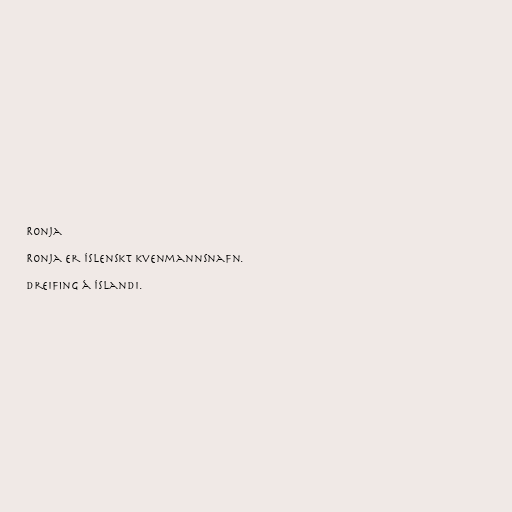
Ronja

Ronja er íslenskt kvenmannsnafn.

Dreifing á Íslandi.